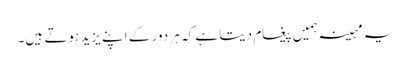
یہ مہینہ ہمیں پیغام دیتا ہے کہ ہر دور کے اپنے یزید ہوتے ہیں۔